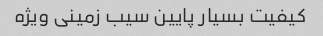
کیفیت بسیار پایین سیب زمینی ویژه